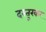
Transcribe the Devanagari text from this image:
दस्तुरकर